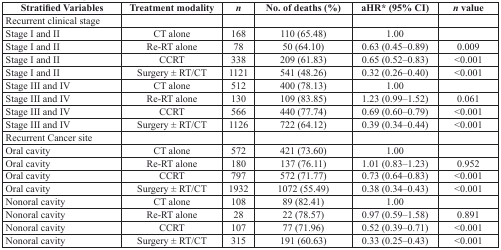
<table><thead><tr><td><b>Stratified Variables</b></td><td><b>Treatment modality</b></td><td><b><i>n</i></b></td><td><b>No. of deaths (%)</b></td><td><b>aHR* (95% CI)</b></td><td><b><i>n</i> value</b></td></tr></thead><tbody><tr><td>Recurrent clinical stage</td><td></td><td></td><td></td><td></td><td></td></tr><tr><td>Stage I and II</td><td>CT alone</td><td>168</td><td>110 (65.48)</td><td>1.00</td><td></td></tr><tr><td>Stage I and II</td><td>Re-RT alone</td><td>78</td><td>50 (64.10)</td><td>0.63 (0.45–0.89)</td><td>0.009</td></tr><tr><td>Stage I and II</td><td>CCRT</td><td>338</td><td>209 (61.83)</td><td>0.65 (0.52–0.83)</td><td>&lt;0.001</td></tr><tr><td>Stage I and II</td><td>Surgery ± RT/CT</td><td>1121</td><td>541 (48.26)</td><td>0.32 (0.26–0.40)</td><td>&lt;0.001</td></tr><tr><td>Stage III and IV</td><td>CT alone</td><td>512</td><td>400 (78.13)</td><td>1.00</td><td></td></tr><tr><td>Stage III and IV</td><td>Re-RT alone</td><td>130</td><td>109 (83.85)</td><td>1.23 (0.99–1.52)</td><td>0.061</td></tr><tr><td>Stage III and IV</td><td>CCRT</td><td>566</td><td>440 (77.74)</td><td>0.69 (0.60–0.79)</td><td>&lt;0.001</td></tr><tr><td>Stage III and IV</td><td>Surgery ± RT/CT</td><td>1126</td><td>722 (64.12)</td><td>0.39 (0.34–0.44)</td><td>&lt;0.001</td></tr><tr><td>Recurrent Cancer site</td><td></td><td></td><td></td><td></td><td></td></tr><tr><td>Oral cavity</td><td>CT alone</td><td>572</td><td>421 (73.60)</td><td>1.00</td><td></td></tr><tr><td>Oral cavity</td><td>Re-RT alone</td><td>180</td><td>137 (76.11)</td><td>1.01 (0.83–1.23)</td><td>0.952</td></tr><tr><td>Oral cavity</td><td>CCRT</td><td>797</td><td>572 (71.77)</td><td>0.73 (0.64–0.83)</td><td>&lt;0.001</td></tr><tr><td>Oral cavity</td><td>Surgery ± RT/CT</td><td>1932</td><td>1072 (55.49)</td><td>0.38 (0.34–0.43)</td><td>&lt;0.001</td></tr><tr><td>Nonoral cavity</td><td>CT alone</td><td>108</td><td>89 (82.41)</td><td>1.00</td><td></td></tr><tr><td>Nonoral cavity</td><td>Re-RT alone</td><td>28</td><td>22 (78.57)</td><td>0.97 (0.59–1.58)</td><td>0.891</td></tr><tr><td>Nonoral cavity</td><td>CCRT</td><td>107</td><td>77 (71.96)</td><td>0.52 (0.39–0.71)</td><td>&lt;0.001</td></tr><tr><td>Nonoral cavity</td><td>Surgery ± RT/CT</td><td>315</td><td>191 (60.63)</td><td>0.33 (0.25–0.43)</td><td>&lt;0.001</td></tr></tbody></table>